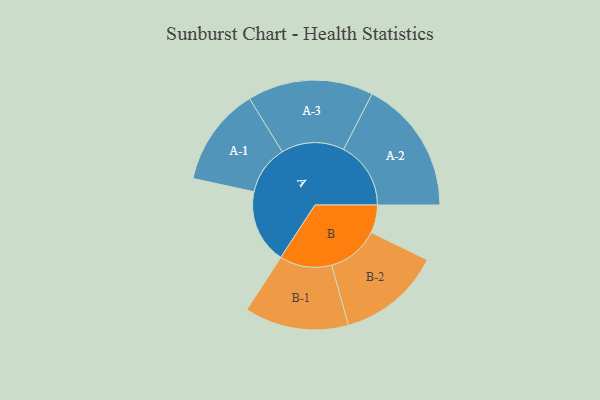
{"axis": {"x": "Segment", "y": "Value"}, "legend": ["", "A", "B"], "data": [{"x": "A", "y": 327, "type": ""}, {"x": "B", "y": 123, "type": ""}, {"x": "A-1", "y": 218, "type": "A"}, {"x": "A-2", "y": 297, "type": "A"}, {"x": "A-3", "y": 278, "type": "A"}, {"x": "B-1", "y": 230, "type": "B"}, {"x": "B-2", "y": 229, "type": "B"}]}